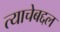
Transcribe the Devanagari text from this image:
त्याचेबद्दल